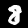
Label: 8